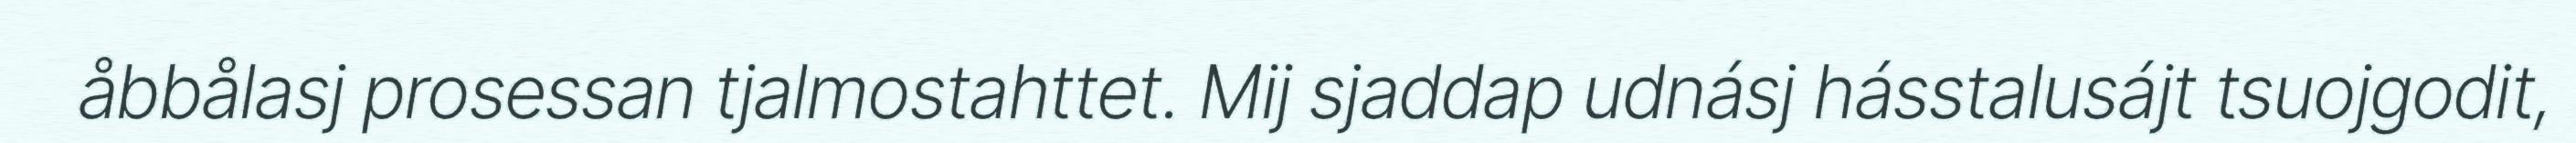
åbbålasj prosessan tjalmostahttet. Mij sjaddap udnásj hásstalusájt tsuojgodit,